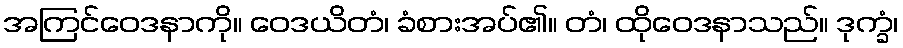
အကြင်ဝေဒနာကို။ ဝေဒယိတံ၊ ခံစားအပ်၏။ တံ၊ ထိုဝေဒနာသည်။ ဒုက္ခံ၊